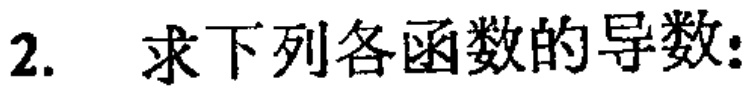
2. 求下列各函数的导数：